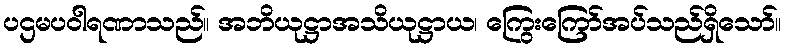
ပဌမပဝါရဏာသည်။ အဘိယုဋ္ဌာအသိယုဋ္ဌာယ၊ ကြွေးကြော်အပ်သည်ရှိသော်။